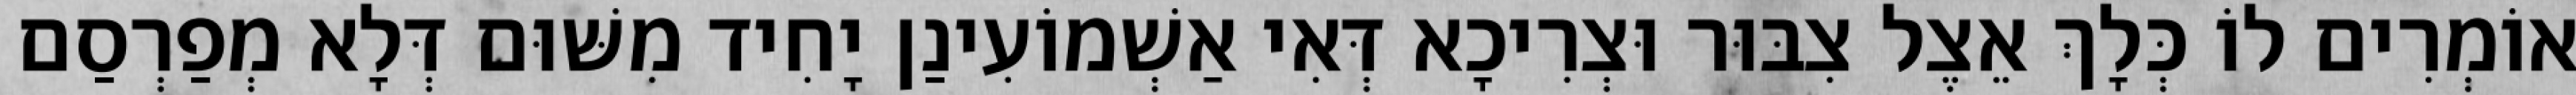
אוֹמְרִים לוֹ כְּלָךְ אֵצֶל צִבּוּר וּצְרִיכָא דְּאִי אַשְׁמוֹעִינַן יָחִיד מִשּׁוּם דְּלָא מְפַרְסַם